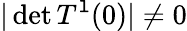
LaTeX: \vert\operatorname*{det}T^{\mathtt{l}}(0)\vert\neq0